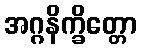
အဂ္ဂနိက္ခိတ္တော